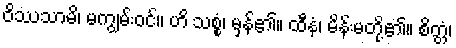
ဝိဿသာမိ၊ မကျွမ်းဝင်။ ဟိ သစ္စံ၊ မှန်၏။ ထီနံ၊ မိန်းမတို့၏။ စိတ္တံ၊